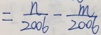
= \frac { n } { 2 0 0 6 } - \frac { m } { 2 0 0 6 }